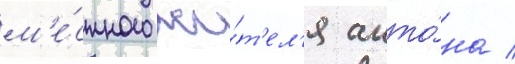
м'е́стного жи́т'ел'я анто́на /